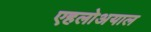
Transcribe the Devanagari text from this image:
एहलोअयाल